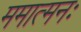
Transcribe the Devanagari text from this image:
ममात्मनः